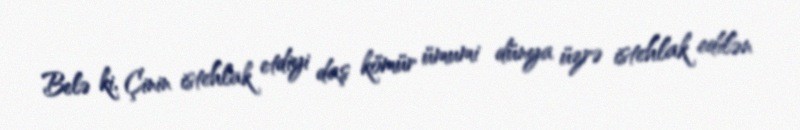
Belə ki, Çinin istehlak etdiyi daş kömür ümumi dünya üzrə istehlak edilən